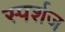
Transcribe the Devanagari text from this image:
स्पर्शज